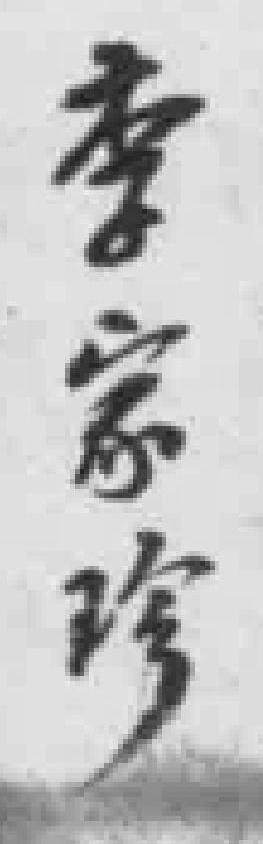
李家珍